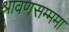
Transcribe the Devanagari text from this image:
श्रावणसम्ममा